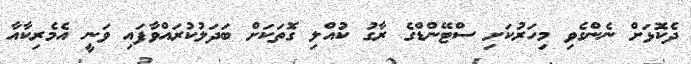
ދެކޮޅަށް ނެންގެވި މިހަރުކަށި ސްޓޭންޑްގެ ރާގު ކުއްލި ގޮތަކަށް ބަދަލުކުރައްވާފައި ވަނީ އެމެރިކާއާ